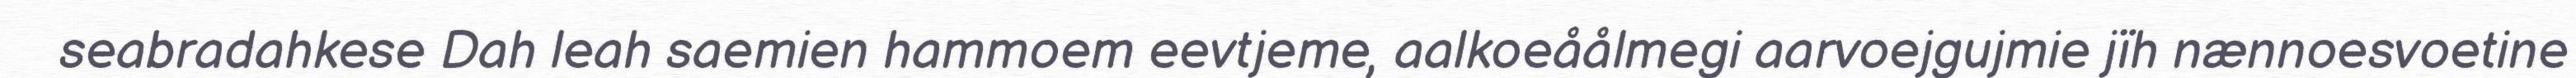
seabradahkese Dah leah saemien hammoem eevtjeme, aalkoeåålmegi aarvoejgujmie jïh nænnoesvoetine